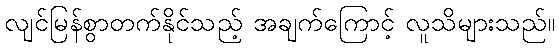
လျင်မြန်စွာတက်နိုင်သည့် အချက်ကြောင့် လူသိများသည်။